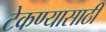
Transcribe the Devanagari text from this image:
टेकण्यासाठी